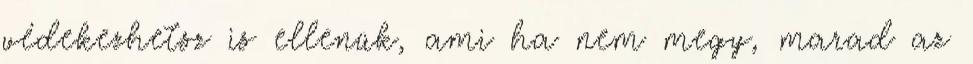
védekezhetsz is ellenük, ami ha nem megy, marad az